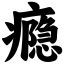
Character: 瘾